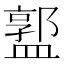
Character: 𥂣